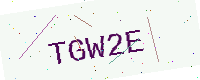
Text: TGW2E